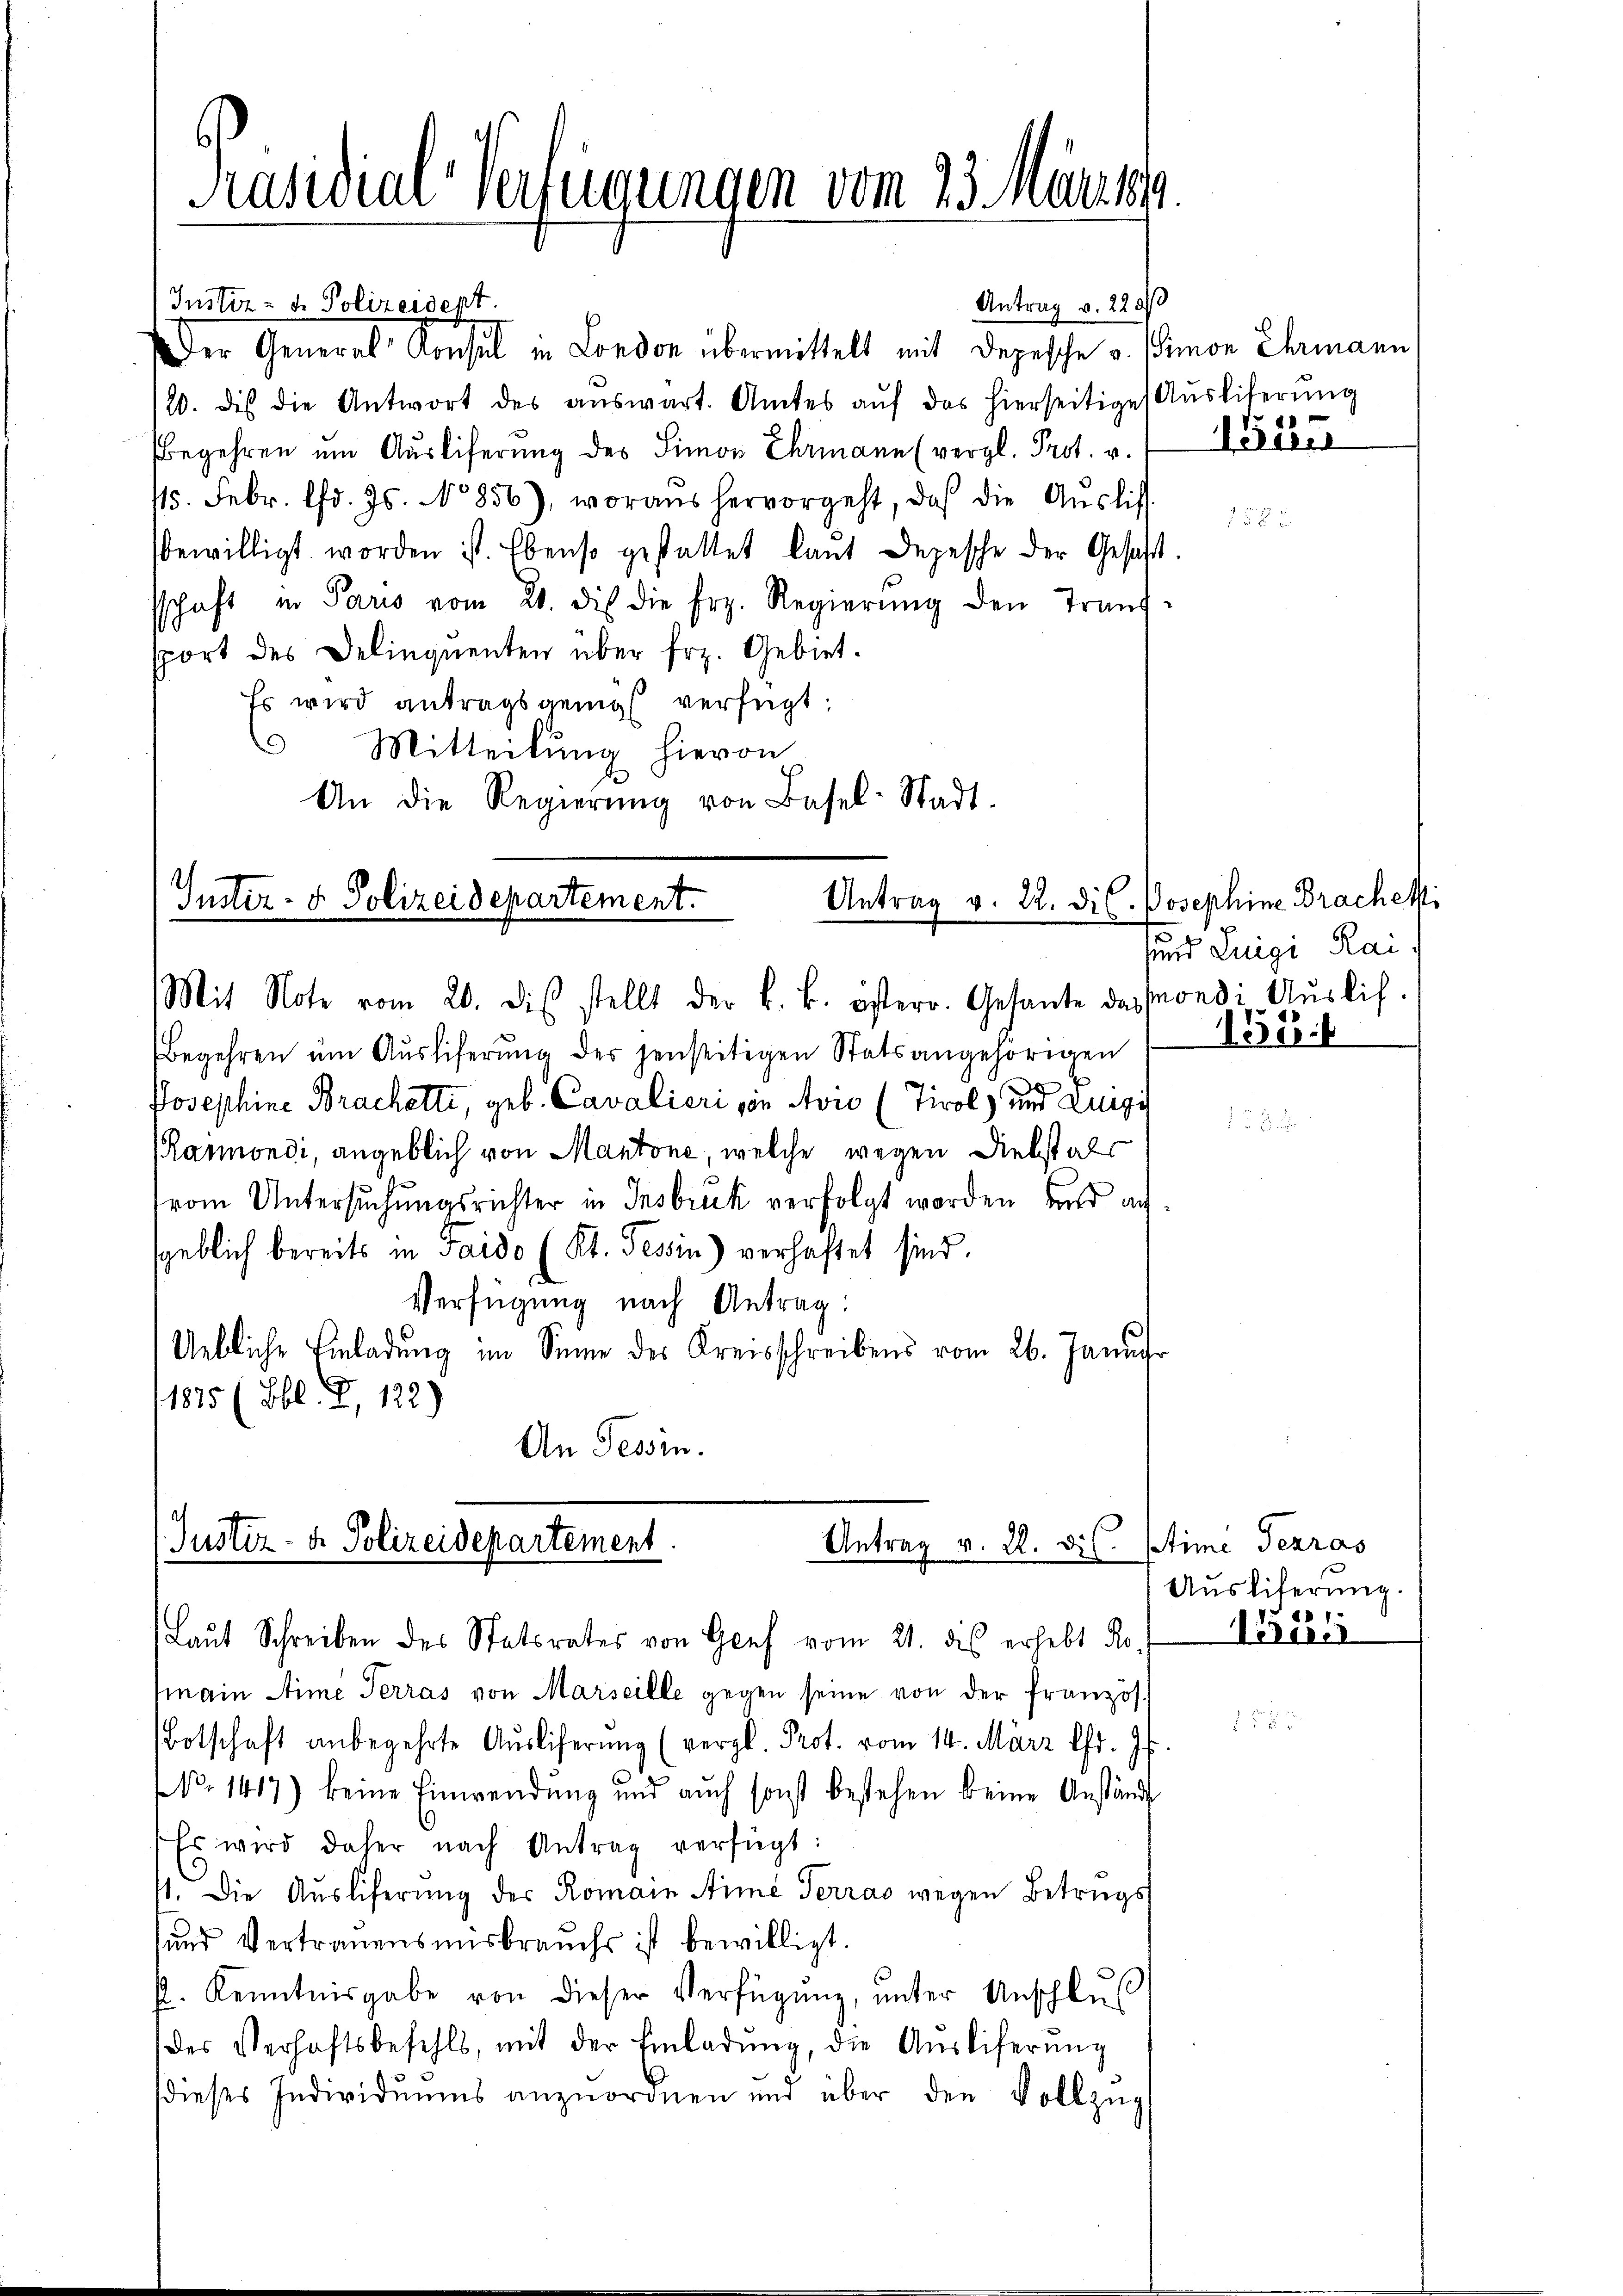
Präsidial-Verfügungen vom 23. Märty

Instiz- u. Polizeidept.
Antrag v. 220
Der General Konsul in London übermittelt mit Depesche v. Simon Ehrmann,
120. die die Antwort des aŭswart. Amtes aŭf das hierseitige Aŭsliferŭng
Begehren ŭm Aŭsliferung des Simon Ehrmann (vergl. Prot. v.
15. Febr. lfd. Js. No 856), woraus hervorgeht, daß die Aŭslis
bewilligt worden ist. Ebenso gestattet laŭt Depesche der Gesetzt.
schaft in Paris vom 21. di die frz. Regierŭng den Traŭf-
sport des Delinquenten über frz. Gebiet.
Es wird antragsgang verfügt:
 Mitteilung hievon
An die Regierŭng von Basel-Stadt.

Begehren ŭm Aŭsliferŭng der jenseitigen Statsangehörigen
Josephine Brachetti, geb. Cavalieri von Avić (Tirol und Zugi
Karmondi, angeblich von Mantone, welche wegen Diebst als
(vom Untersuchungsrichter in Insbruk verfolgt worden und ansgeblich bereits in Taido (Kt. Tessin) verhaftet sind.
Verfügung nach Antrag:
Uetliche Einladung im Sinne des Kreisschreibens vom 26. Januar
1875 (Bbl. Z. 122)
An Tessin.

Justiz- & Polizeidepartement.
Antrag v. 22. dis. Josephine Brachetti
Mit Note vom 20. dis stellt der k. k. österr. Gesante das sondi Aŭslif-

Justiz- & Polizeidepartement.
Antrag v. A. Dil. Stime Terras
Laut Schreiben des Statsrates von Genf vom 21. dis erhebt Ro.

main Arme Terras von Marseille gegen seine von der französ.
Botschaft anbegehrte Aŭsliferŭng (vergl. Prot. vom 14. März fr. Js.
 No 1417) keine Einwendŭng und aŭch sonst bestehen keine Anständ
Es wird daher nach Antrag verfügt:
1. Die Ausliferung der Romain Arme Terras wegen Betrugs
und Vertrauensmisbrauchs ist bewilligt.
s. Kenntnisgabe von dieser Verfügung, unter Anschlus
(des Verhaftsbefehls, mit der Einladŭng, die Aŭsliferŭng
dieses Individuums anzuordnen und über den Vollzŭg

Miter

sund Luigi Rai.

135.

Ausliferung.
d 1
Vener